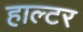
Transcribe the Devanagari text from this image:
हाल्टर